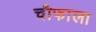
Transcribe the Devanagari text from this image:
चौफाला